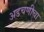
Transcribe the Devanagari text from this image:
अडचणीचा